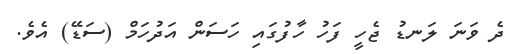
ދެ ވަނަ ލަނޑު ޖެހީ ފަހު ހާފުގައި ހަސަން އަދުހަމް (ސަޑޭ) އެވެ.